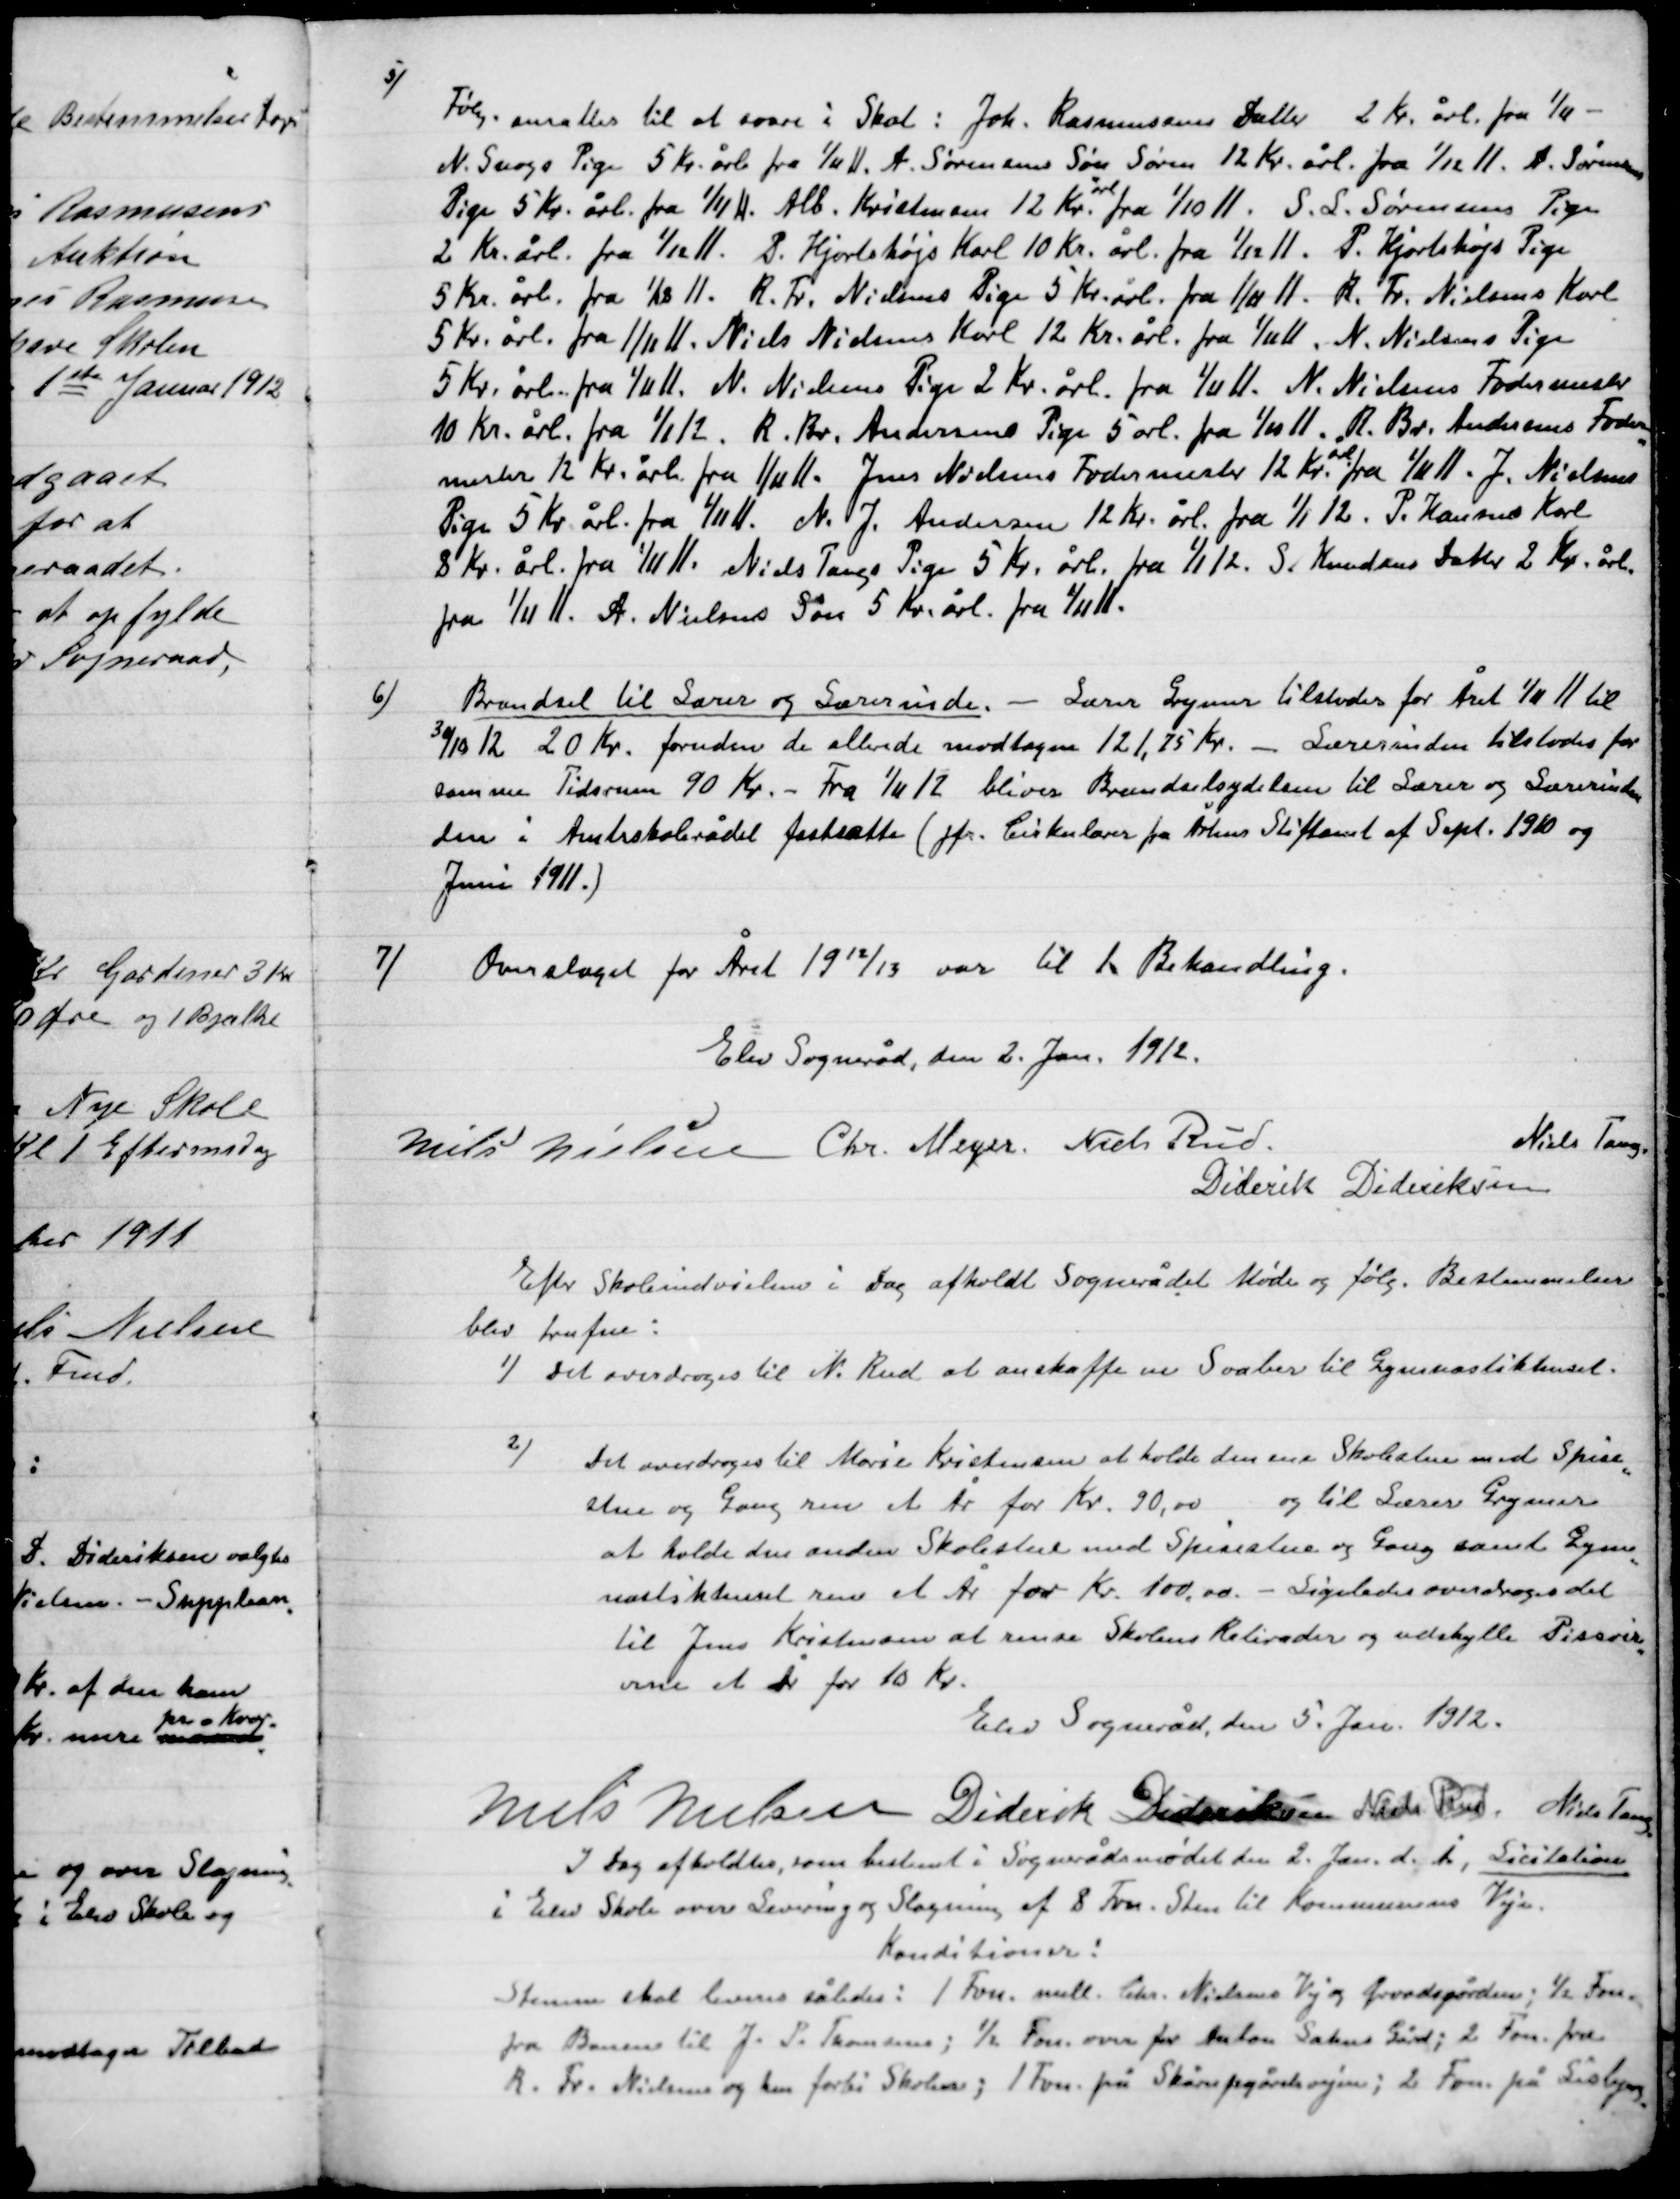
Transskription:
5)

Følg. ansattes til at svare i Skat : Joh. Rasmussens Datter 2 Kr. årlig fra 1/11 -
N. Snogs Pige 5 Kr. årl. Fra 1/11. A Sørensens Søn Søren 12 Kr. årl. Fra 1/12 11. A. Sørensens
Pige 5 Kr. årl. Fra 1/11 11. Alb. Kristensen 12 Kr. årl. Fra 1/10 11. S. L. Sørensens Pige
2 Kr årl. Fra 1/12 11. P. Hjortshøjs Karl 10 Kr. årl. Fra 1/12 11. P. Hjortshøjs Pige
5 Kr. årl fra 1/12 11. R. Fr. Nielsens Pige 5 Kr. årl. Fra 1/11 11. R. Fr. Nielsens Karl
5 Kr. årl fra 1/11 11. Niels Nielsens Karl 12 Kr. årl. fra 1/11 11. N. Nielsens Pige
5 Kr. årl fra 1/11 11. N. Nielsens Pige 2 Kr. årl. fra 1/11 11 N Nielsens Fodermester
10 Kr. årl fra 1/11 12. R. Fr. Andersens Pige 5 årl fra 1/11 11. R. Br. Andersens Foder-
mester 12 Kr. årl. Fra 1/11 11. Jens Nielsens Fodermester 12 Kr. årl. Fra  1/11. j. Nielsens
Pige 5 Kr. årl. Fra 1/11 11.N. J. Andersen 12 Kr. årl. fra 1/1 12. P. Hansens Karl
8 Kr. årl. Fra 1/11. Niels Tangs Pige 5 Kr. årl. fra 1/1 12 S. Knudsens Datter 2 Kr. årl.
fra 1/11 11 A. Nielsens søn 5 Kr. årl. Fra 1/11 11.

6)

Brændsel til Lærer og Lærerinde. – Lærer Grymer tilstodes for Året 1/11 11 til
30/12 12 20 Kr. foruden de allerede modtagne 121,25 Kr. – lærerinden tilstodes for
samme Tidsrum 90 Kr. Fra 1/11 12 bliver Brandselsydelsen til Lærer og Lærerinder
dem i Amtsskolerådet fastsætte (jfr. Cirkulære fra Århus Stiftsamt af sept. 1910 og
Juni 1911.)

7)

Overslaget for Året 19 12/13 var til 1. Behandling.

Elev sogneråd den 2. Jan. 1912.

Niels Nielsen
Chr. Mejer
Niels Rud.
Niels Tang.
Diderik Dideriksen

Efter Skoleindvielsen i Dag afholdt sognerådet Møde og følg. Bestemmelser
blev trufne:

1)

Det overdroges til N. Rud at anskaffe en Svaber til Gymnastikhuset.

2)

Det overdroges til Marie Kristensen at holde den ene Skolestue mod Spise-
stuen og Gang ren et År for Kr. 90.00 og til Lærer Grymer
at holde den anden Skolestue mod Spisestue og gang samt Gymna-
stikhuset ren et År for Kr. 100.00. Ligeledes overdroges det
til Jens Kristensen at rense Skole Radiatorer og udskylle Pissoir-
rere et År for 10 Kr.

Elev Sogneråd, den 5. Jan. 1912.

Niels Nielsen
Diderik Dideriksen
Niels Rud
Niels Tang.

I Dag afholdtes, som bestemt i sognerådsmødet den 2. Jan. D. Å., Licitation
I Elev skole over Levering og Slåning af 8 Fvn. Sten til Kommunens Veje.

Konditioner:
Stenene skal leveres således: 1 Fvn. mell. Chr. Nielsens vej og Præstegården; ½ Fvn.
Fra Banen til J. P. Frandsen; ½ Fvn. over for Anton Sofus Gård; 2 Fvn. fra
R. Fr. Nielsen og  hen forbi Skolen; 1 Fvn. på Skårupgårds vejen; 2 Fvn. Lisbjerg